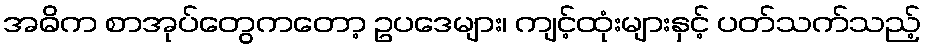
အဓိက စာအုပ်တွေကတော့ ဥပဒေများ၊ ကျင့်ထုံးများနှင့် ပတ်သက်သည့်